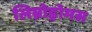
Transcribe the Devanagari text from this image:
लिम्नोड्रोमस